Bréfritari: Stefanía Siggeirsdóttir
Viðtakandi: Páll Pálsson
Dagsetning: A-1871-10-20
Skrifað á: Hraungerði  Árn.
Stefanía var bróðurdóttir Páls Pálssonar

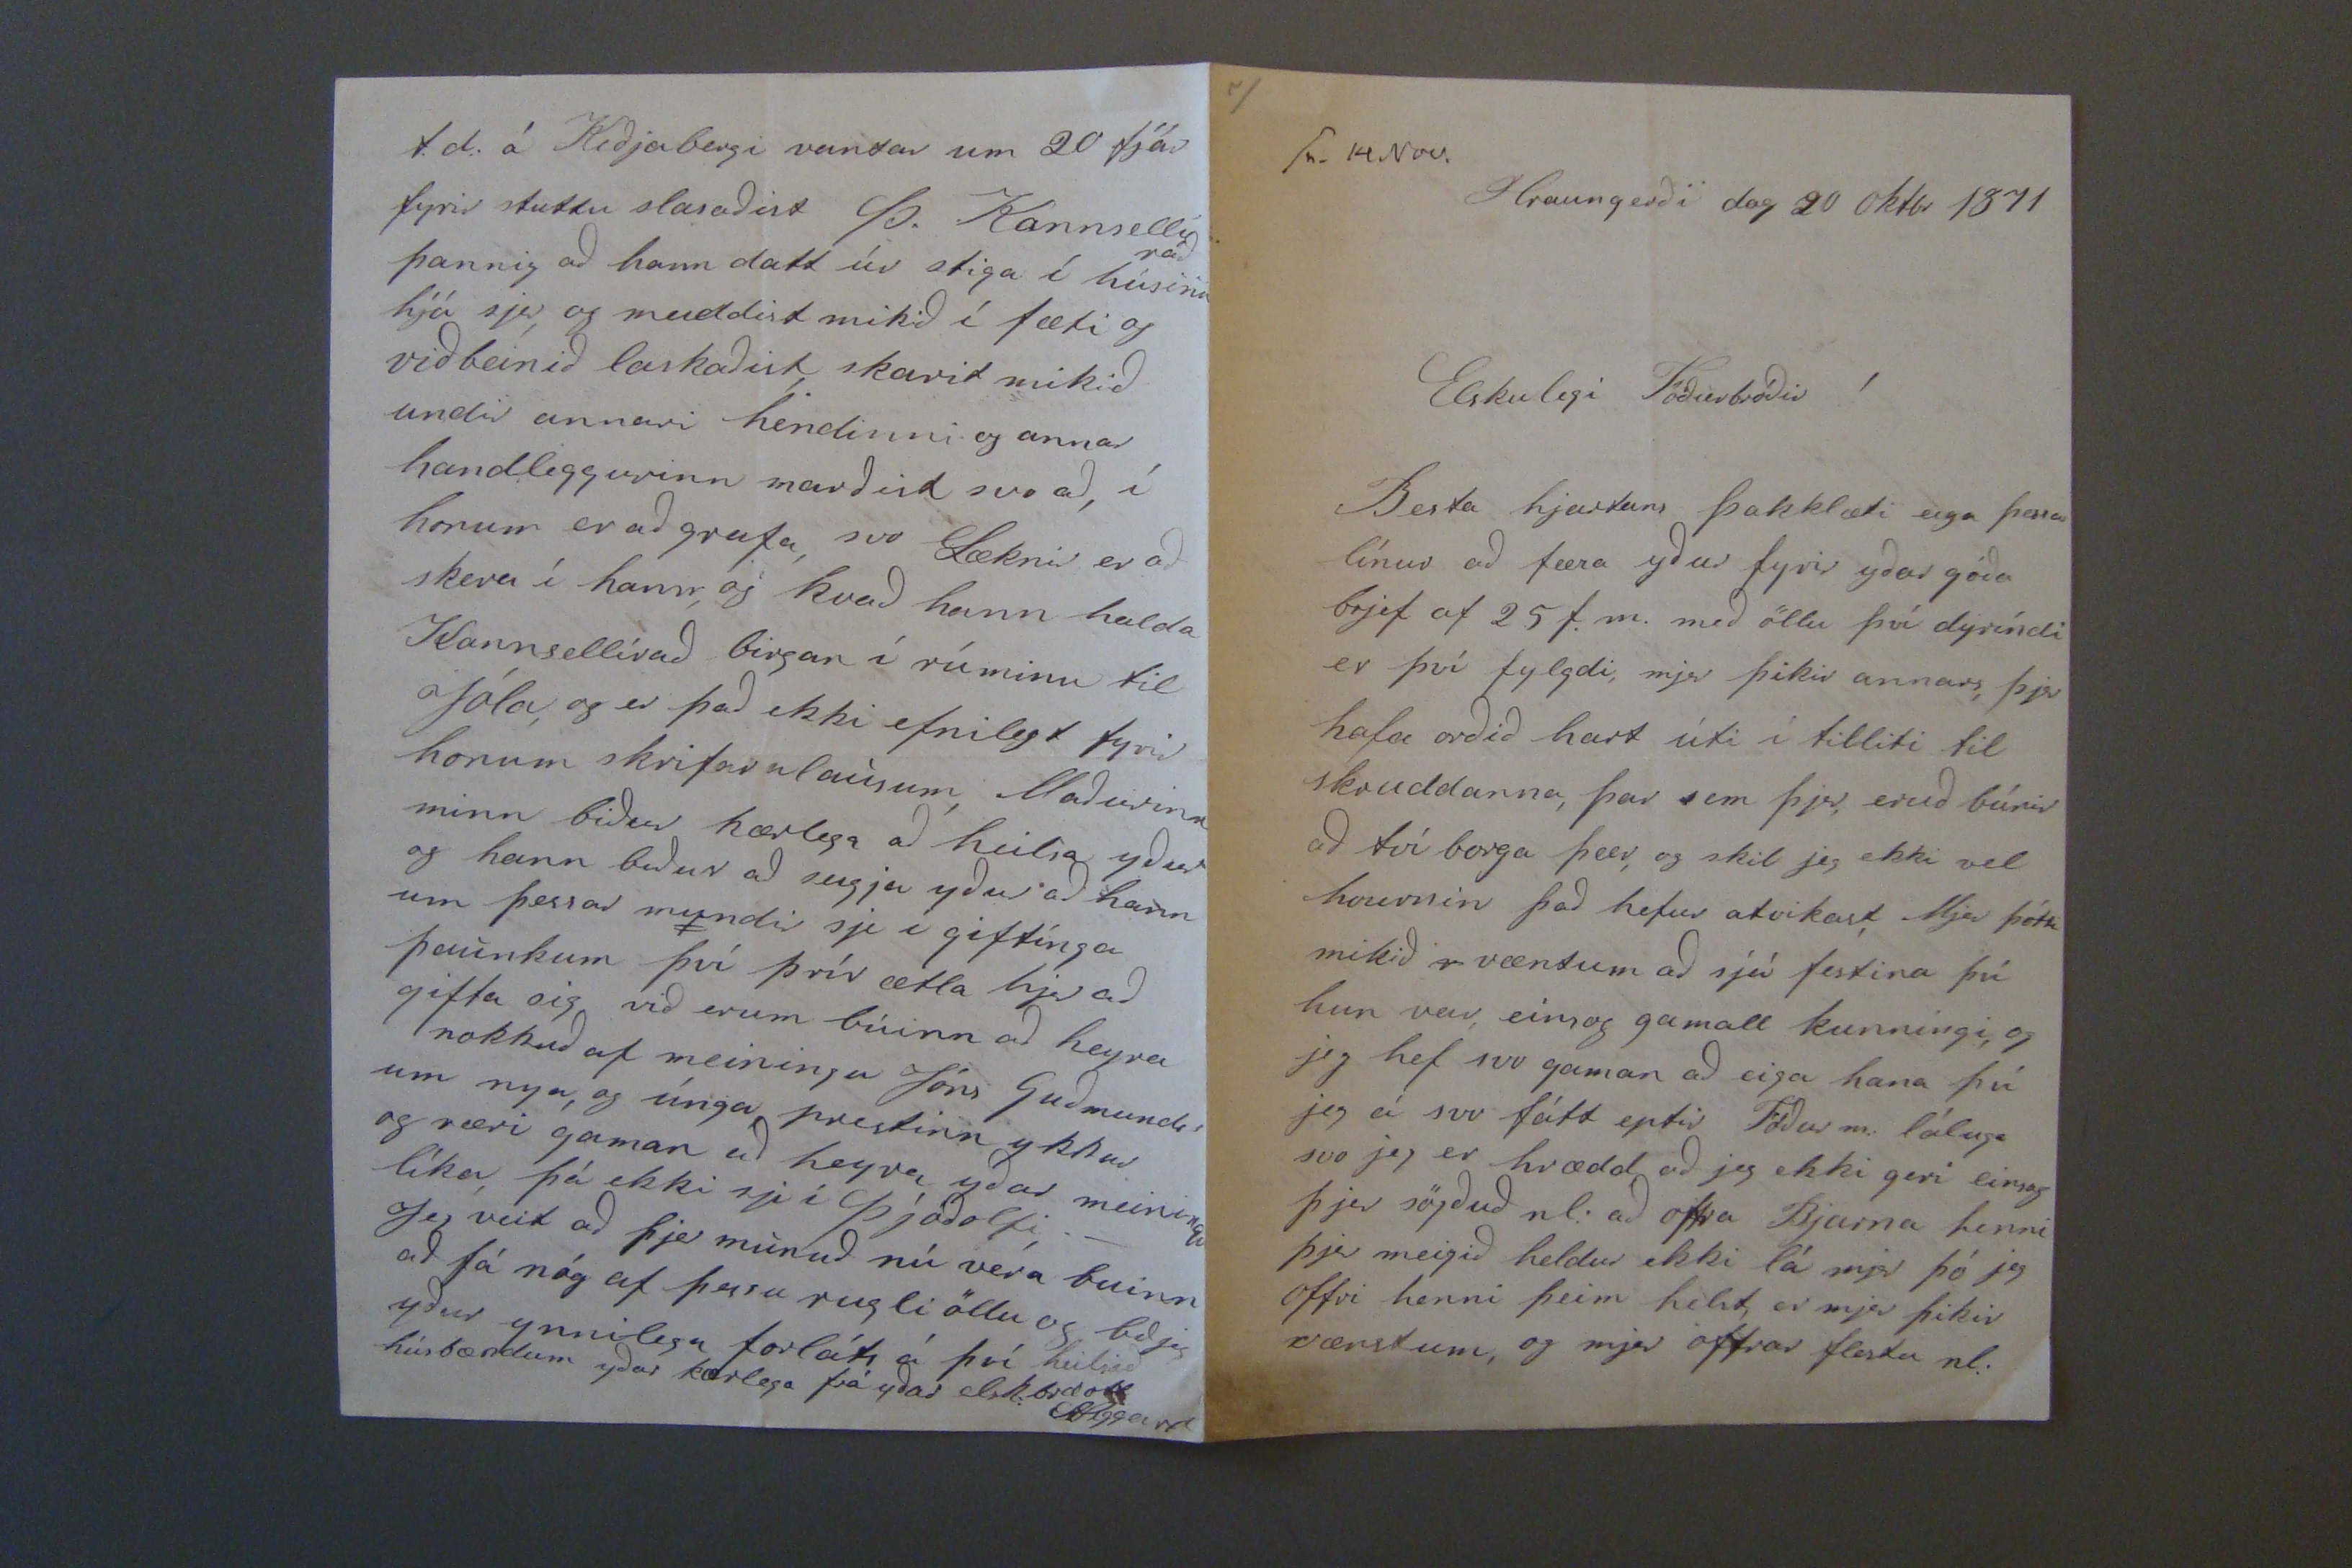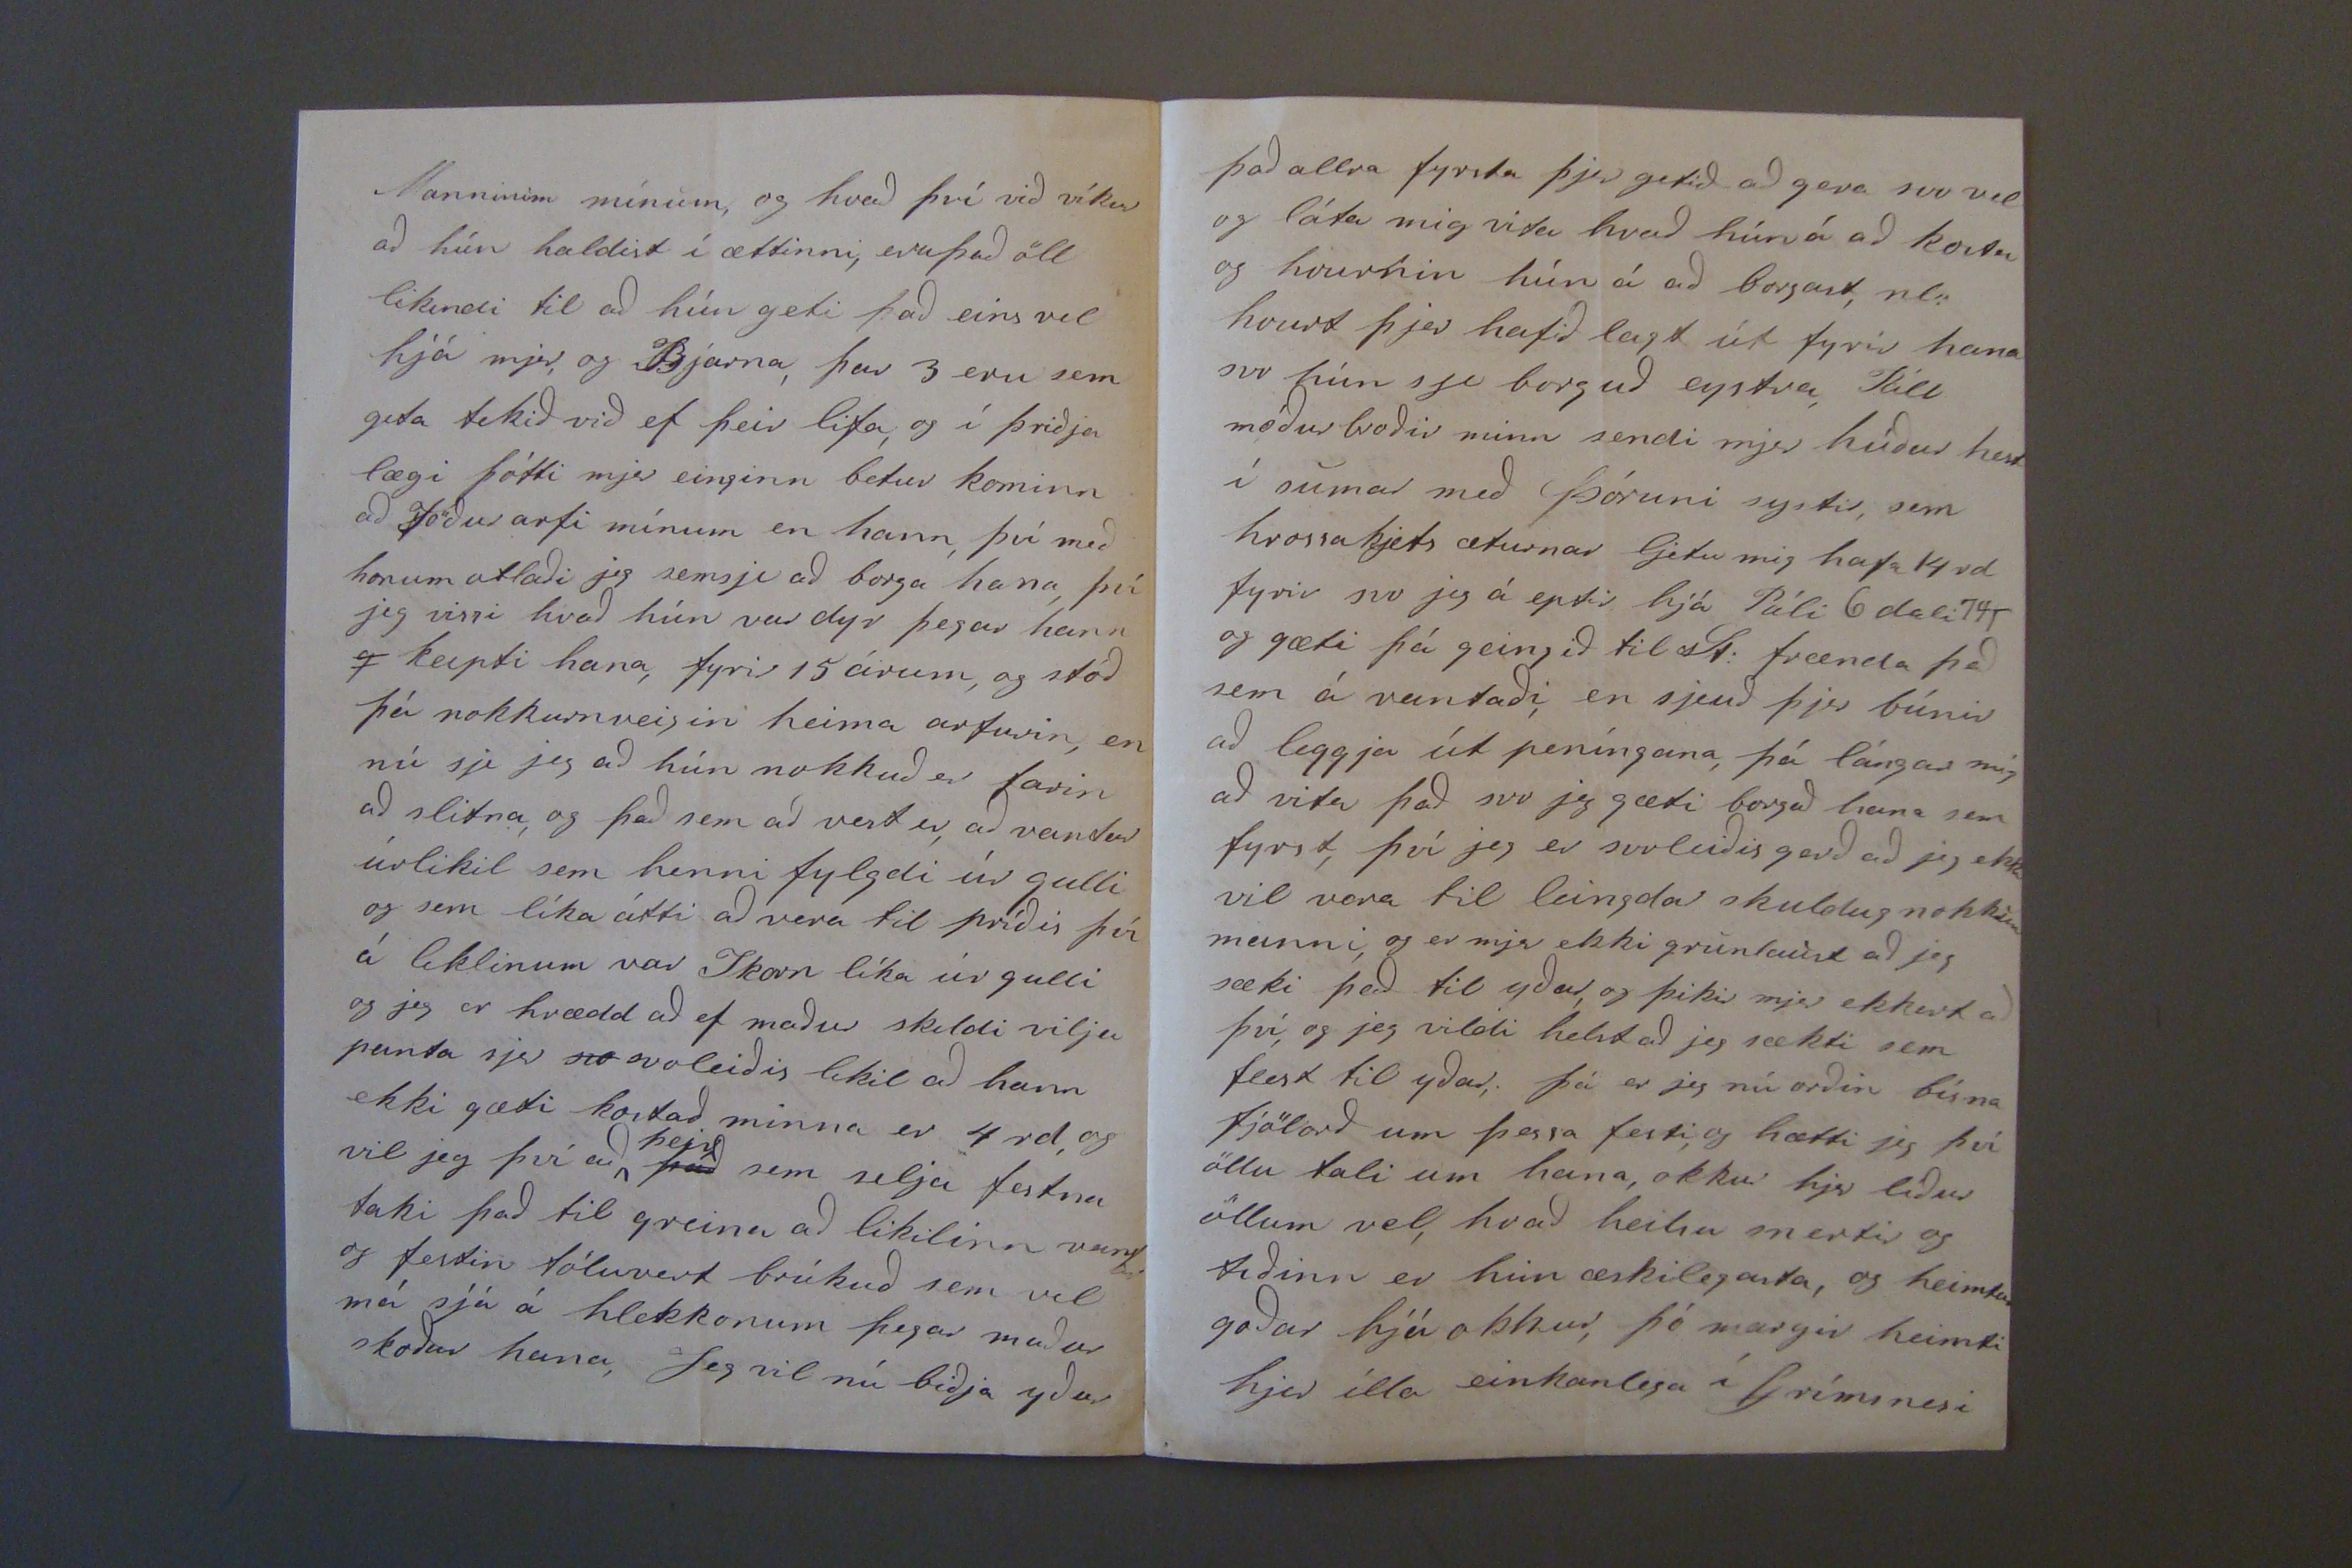

sv 14 Nov.
Hraungerði dag 20 Oktbr 1871
Elskulegi Föðurbróðir!
Besta hjartans þakklæti eiga þessar línur að færa yður fyrir yðar góða brjef af 25 f.m. með öllu því dyríndi er því fylgdi, mjer þikir annars, þjer hafa orðið hart úti í tilliti til skruddanna, þar sem þjer, eruð búnir að tví borga þær, og skil jeg ekki vel hvurnin það hefur atvikast, Mjer þótti mikið
r
væntum að sjá festina því hún var, einsog gamall kunningi, og jeg hef svo gman að eiga hana því jeg á svo fátt eptir Föður m: sáluga svo jeg er hrædd að jeg ekki geri einsog þjer sögðuð nl: að
offra
Bjarna henni þjer meigið heldur ekki lá mjer þó jeg offri henni þeim helst, er mjer þikir vænstum, og mjer offrar flestu nl:
Manninum mínum, og hvað því við víkur að hún haldist í ættinni, eru það öll líkindi til að hún geti það eins vel hjá mjer, og Bjarna, þar 3 eru sem geta tekið við ef þeir lifa, og í þriðja lægi þótti mjer einginn betur kominn að föðurarfi mínum en hann, því með honum atlaði jeg semsje að borga hana, því jeg vissi hvað hún var dyr þegar hann
g
keipti hana, fyrir 15 árum, og stóð þá nokkurnveigin heima arfurin, en nú sje jeg að hún nokkuð er farin að slitna, og það sem að vest er, að vantar úrlikil sem henni fylgdi úr gulli og sem líka átti að vera til príðis því á liklinum var Skorn líka úr gulli og jeg er hrædd að ef maður skildi vlija punta sjer
svo
svoleiðis likil að hann ekki gæti kostað minna er 4 rd, og vil jeg því að
það
þeir
sem selja festna taki það til greina að likilinn vanti og festin töluvert brúkuð sem vil má sjá á hlekkonum þegar maður skoðar hana, Jeg vil nú biðja yður
það allra fyrsta þjer getið að gera svo vel og láta mig vita hvað hún á að kosta og hvurnin hún á að borgast, nl: hvurt þjer hafið lagt út fyrir hana svo hún sje borguð eystra, Páll móðurbroðir minn sendi mjer heldur hest í sumar með Þóruni systir, sem hrossakjets æturnar ljetu mig hafa 14 rd fyrir svo jeg á eptir hjá Páli 6 dali
74
og gæti þá geingið til St: frænda það sem á vantaði, en sjeuð þjer búnir að leggja út peníngana þá lángar mig að vita það svo jeg gæti borgað hana sem fyrst, því jeg er svoleiðis gerð að jeg ekki vil vera til leingdar skuldug nokkrum manni, og er mjer ekki grunlaust að jeg sæki það til yðar, og þikir mjer ekkert að því, og jeg vildi helst að jeg sækti sem flest til yðar; þá er jeg nú orðin bísna fjölorð um þessa festi, og hætti jeg því öllu tali um hana, okkur hjer líður öllum vel, hvað heilsu snertir og tiðinn er hinn æskilegasta, og heimtur goðar hjá okkur, þó margir heimti hjer illa einkanlega í Grímsnesi
t.d: á Kiðjabergi vantar um 20 fjár fyrir stuttu slasaðist Þ. Kannselli þannig að hann datt úr stiga í
ráð
húsinu hjá sjer, og meiddist mikið í fæti og viðbeinið laskaðist, skorið mikið undir annari hendinni og annar handleggurinn marðist svo að, í honum er að grafa, svo Læknir er að skera í hann, og kvað hann halda Kannsellirað birgan í rúminu til Jóla, og er það ekki efnilegt fyrir honum skrifaralausum, Masðurinn minn biður kærlega að heilsa yður og hann biður að seigja yður að hann um þessar mundir sje í giftínga þaunkum því þrír ætla hjer að gifta sig við erum búinn að heyra nokkuð af meiningu Jóns Guðmundss um nya, og únga prestinn ykkar og væri gaman að heyra yðar meiningu líka þá ekki sje í Þjóðolfi._ Jeg veit að þjer munuð nú vera buinn að fá nóg af þessu rugli öllu og bð jeg yður ynnilega forláts á því heilsið húsbændum yðar kærlega frá yðar elsk: brdott
StSiggeirsd